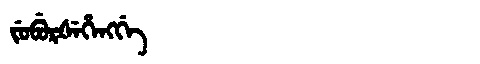
Manchu: ᠵᡠᠪᡠᡵᡧᡝᡥᡝᠩᡤᡝ
Romanization: JUBURŠEHENGGE